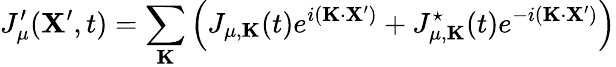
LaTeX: J_{\mu}^{\prime}({\mathbf X}^{\prime},t)=\sum_{\mathbf K}\left(J_{\mu,{\mathbf K}}(t)e^{i({\mathbf K}\cdot{\mathbf X^{\prime}})}+J_{\mu,{\mathbf K}}^{\star}(t)e^{-i({\mathbf K}\cdot{\mathbf X^{\prime}})}\right)